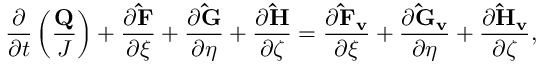
\frac { \partial } { \partial t } \left( \frac { \mathbf { Q } } { J } \right) + \frac { \partial \mathbf { \hat { F } } } { \partial \xi } + \frac { \partial \mathbf { \hat { G } } } { \partial \eta } + \frac { \partial \mathbf { \hat { H } } } { \partial \zeta } = \frac { \partial \mathbf { \hat { F } _ { v } } } { \partial \xi } + \frac { \partial \mathbf { \hat { G } _ { v } } } { \partial \eta } + \frac { \partial \mathbf { \hat { H } _ { v } } } { \partial \zeta } ,